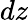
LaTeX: dz